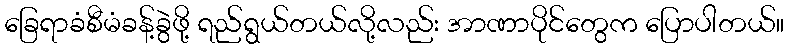
ခြေရာခံစီမံခန့်ခွဲဖို့ ရည်ရွယ်တယ်လို့လည်း အာဏာပိုင်တွေက ပြောပါတယ်။